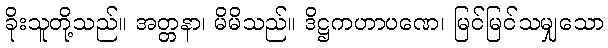
ခိုးသူတို့သည်။ အတ္တနာ၊ မိမိသည်။ ဒိဋ္ဌကဟာပဏေ၊ မြင်မြင်သမျှသော